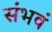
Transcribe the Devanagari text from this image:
संभवं